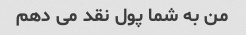
من به شما پول نقد می دهم